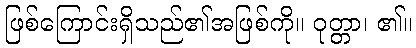
ဖြစ်ကြောင်းရှိသည်၏အဖြစ်ကို။ ဝုတ္တာ၊ ၏။